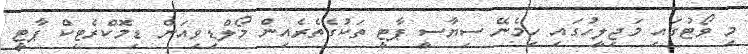
މި ވޯޓުގައި މަޖިލީހުގައި ހިމެނޭ ސިޔާސީ ޕާޓީ ތަކުގެތެރެއިން މޯލްޑިވިއަން ޑިމޮކްރެޓިކް ޕާޓީ